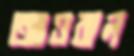
আওরাল